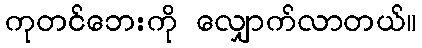
ကုတင်ဘေးကို လျှောက်လာတယ်။